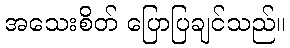
အသေးစိတ် ပြောပြချင်သည်။